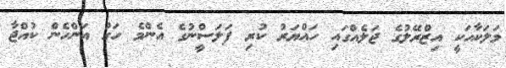
މަލަކާއަކީ އިޒްރޭލުގެ ޖަލެއްގައި ހައްޔަރު ކުރި ފަލަސްީނުގެ އެންމެ ހަގު އަންހެން ކުއްޖާ